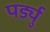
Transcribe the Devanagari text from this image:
पर्ड्यु